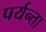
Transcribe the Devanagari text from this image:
पर्यन्ता